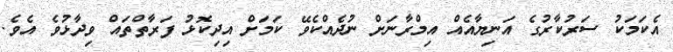
އެކަމަކު ސަރުކާރުގެ އަނިޔާއެއް އިމްރާނަށް ނުދެއްކެވޭ ކަމަށް އިދިކޮޅު ފަރާތްތައް ވިދާޅުވެ އެވެ.